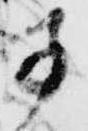
子